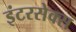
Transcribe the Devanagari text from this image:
इंटरसेक्स